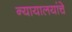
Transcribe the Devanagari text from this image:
न्यायालयांचे